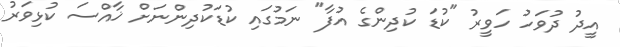
އީދު ދުވަހު ހަވީރު "ކުޑަ ކުދިންގެ އުފާ" ނަމުގައި ކުޑަކުދިންނަށް ޚާއްސަ ކުޅިވަރު